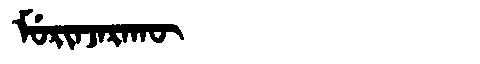
Manchu: ᠮᡠᡵᡳᠨᠵᠠᡵᠠᡴᡡ
Romanization: MURINJARAKŪ